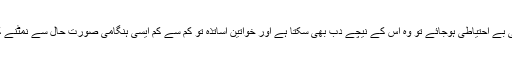
تاہم اگر خدانخواستہ بچے سے بستہ کی استعمال میں تھوڑی سی بے احتیاطی ہوجائے تو وہ اس کے نیچے دب بھی سکتا ہے اور خواتین اساتذہ تو کم سے کم ایسی ہنگامی صورت حال سے نمٹنے کی تنہا کوشش نہ کریں بلکہ فوراََ 1122 یا15 پراطلاع کریں۔